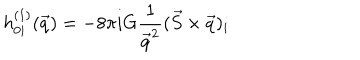
h _ { 0 i } ^ { ( 1 ) } ( \vec { q } ) = - 8 \pi i G { \frac { 1 } { \vec { q } ^ { 2 } } } ( \vec { S } \times \vec { q } ) _ { i }